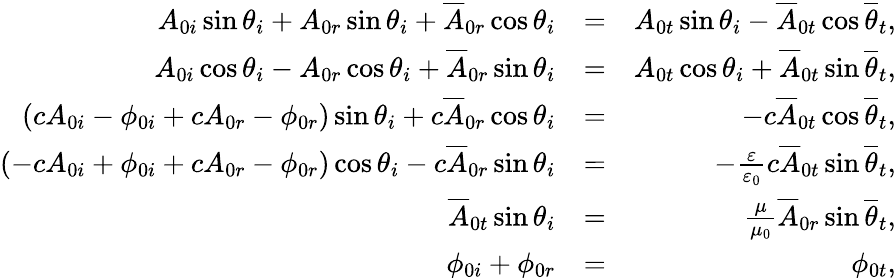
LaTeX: \begin{array}{rlr}{A_{0i}\sin\theta_{i}+A_{0r}\sin\theta_{i}+\overline{{A}}_{0r}\cos\theta_{i}}&{=}&{A_{0t}\sin\theta_{i}-\overline{{A}}_{0t}\cos\overline{{\theta}}_{t},}\\ {A_{0i}\cos\theta_{i}-A_{0r}\cos\theta_{i}+\overline{{A}}_{0r}\sin\theta_{i}}&{=}&{A_{0t}\cos\theta_{i}+\overline{{A}}_{0t}\sin\overline{{\theta}}_{t},}\\ {\left(cA_{0i}-\phi_{0i}+cA_{0r}-\phi_{0r}\right)\sin\theta_{i}+c\overline{{A}}_{0r}\cos\theta_{i}}&{=}&{-c\overline{{A}}_{0t}\cos\overline{{\theta}}_{t},}\\ {\left(-cA_{0i}+\phi_{0i}+cA_{0r}-\phi_{0r}\right)\cos\theta_{i}-c\overline{{A}}_{0r}\sin\theta_{i}}&{=}&{-\frac{\varepsilon}{\varepsilon_{0}}c\overline{{A}}_{0t}\sin\overline{{\theta}}_{t},}\\ {\overline{{A}}_{0t}\sin\theta_{i}}&{=}&{\frac{\mu}{\mu_{0}}\overline{{A}}_{0r}\sin\overline{{\theta}}_{t},}\\ {\phi_{0i}+\phi_{0r}}&{=}&{\phi_{0t},}\end{array}